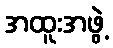
အထူးအဖွဲ့